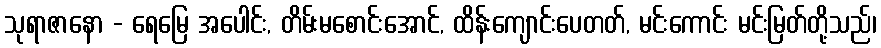
သုရာဇာနော - ရေမြေ အပေါင်း, တိမ်းမစောင်းအောင်, ထိန်းကျောင်းပေတတ်, မင်းကောင်း မင်းမြတ်တို့သည်၊